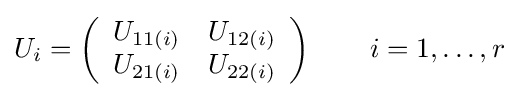
U_{i}=\left({\begin{array}{rr}U_{11(i)}&U_{12(i)}\\U_{21(i)}&U_{22(i)}\end{array}}\right)\qquad i=1,\ldots ,r